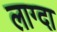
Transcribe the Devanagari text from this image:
लाग्दा